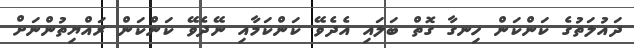
ދައުލަތުގެ ކަންކަން ހިނގާ ގޮތް ބަލައި އެދެވޭ ކަންކަމާއި ނޭދެވޭ ކަންކަން ރައްޔިތުންނަށް